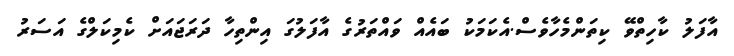
އާފަލު ކާހިތްވޭ ކިތަންމެހާވެސް.އެކަމަކު ބައެއް ވައްތަރުގެ އާފަލުގަ އިންތިހާ ދަރަޖައަށް ކެމިކަލްގެ އަސަރު